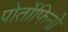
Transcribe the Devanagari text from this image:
पोर्तोफिनो